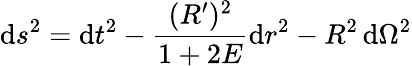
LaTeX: \mathrm{d}s^{2}=\mathrm{d}t^{2}-{\frac{(R^{\prime})^{2}}{1+2E}}\mathrm{d}r^{2}-R^{2}\, \mathrm{d}\Omega^{2}